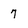
Character: 7